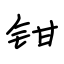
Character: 钳